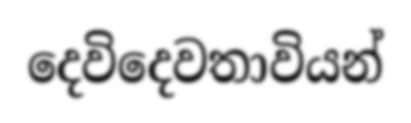
දෙවිදෙවතාවියන්